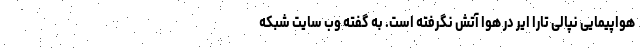
هواپیمایی نپالی تارا ایر در هوا آتش نگرفته است. به گفته وب سایت شبکه